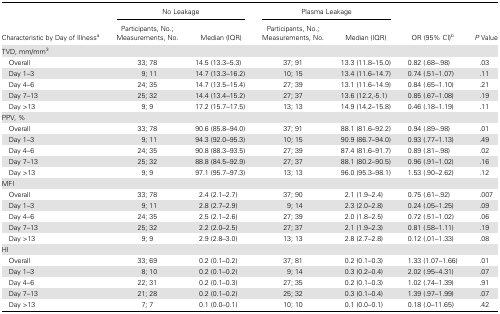
<table><thead><tr><td rowspan="2"><b>Characteristic by Day of Illness<sup>a</sup></b></td><td colspan="2"><b>No Leakage</b></td><td colspan="2"><b>Plasma Leakage</b></td><td rowspan="2"><b>OR (95% CI)<sup>b</sup></b></td><td rowspan="2"><b><i>P</i> Value</b></td></tr><tr><td><b>Participants, No.; Measurements, No.</b></td><td><b>Median (IQR)</b></td><td><b>Participants, No.; Measurements, No.</b></td><td><b>Median (IQR)</b></td></tr></thead><tbody><tr><td>TVD, mm/mm<sup>3</sup></td><td></td><td></td><td></td><td></td><td></td><td></td></tr><tr><td> Overall</td><td>33; 78</td><td>14.5 (13.3–5.3)</td><td>37; 91</td><td>13.3 (11.8–15.0)</td><td>0.82 (.68–.98)</td><td>.03</td></tr><tr><td> Day 1–3</td><td>9; 11</td><td>14.7 (13.3–16.2)</td><td>10; 15</td><td>13.4 (11.6–14.7)</td><td>0.74 (.51–1.07)</td><td>.11</td></tr><tr><td> Day 4–6</td><td>24; 35</td><td>14.7 (13.5–15.4)</td><td>27; 39</td><td>13.1 (11.6–14.9)</td><td>0.84 (.65–1.10)</td><td>.21</td></tr><tr><td> Day 7–13</td><td>25; 32</td><td>14.4 (13.4–15.2)</td><td>27; 37</td><td>13.6 (12.2,-5.1)</td><td>0.85 (.67–1.08)</td><td>.19</td></tr><tr><td> Day &gt;13</td><td>9; 9</td><td>17.2 (15.7–17.5)</td><td>13; 13</td><td>14.9 (14.2–15.8)</td><td>0.46 (.18–1.19)</td><td>.11</td></tr><tr><td>PPV, %</td><td></td><td></td><td></td><td></td><td></td><td></td></tr><tr><td> Overall</td><td>33; 78</td><td>90.6 (85.8–94.0)</td><td>37; 91</td><td>88.1 (81.6–92.2)</td><td>0.94 (.89–.98)</td><td>.01</td></tr><tr><td> Day 1–3</td><td>9; 11</td><td>94.3 (92.0–95.3)</td><td>10; 15</td><td>90.9 (86.7–94.0)</td><td>0.93 (.77–1.13)</td><td>.49</td></tr><tr><td> Day 4–6</td><td>24; 35</td><td>90.8 (88.3–93.5)</td><td>27; 39</td><td>87.4 (81.6–91.7)</td><td>0.89 (.81–.98)</td><td>.02</td></tr><tr><td> Day 7–13</td><td>25; 32</td><td>88.8 (84.5–92.9)</td><td>27; 37</td><td>88.1 (80.2–90.5)</td><td>0.96 (.91–1.02)</td><td>.16</td></tr><tr><td> Day &gt;13</td><td>9; 9</td><td>97.1 (95.7–97.3)</td><td>13; 13</td><td>96.0 (95.3–98.1)</td><td>1.53 (.90–2.62)</td><td>.12</td></tr><tr><td>MFI</td><td></td><td></td><td></td><td></td><td></td><td></td></tr><tr><td> Overall</td><td>33; 78</td><td>2.4 (2.1–2.7)</td><td>37; 90</td><td>2.1 (1.9–2.4)</td><td>0.75 (.61–.92)</td><td>.007</td></tr><tr><td> Day 1–3</td><td>9; 11</td><td>2.8 (2.7–2.9)</td><td>9; 14</td><td>2.3 (2.0–2.8)</td><td>0.24 (.05–1.25)</td><td>.09</td></tr><tr><td> Day 4–6</td><td>24; 35</td><td>2.5 (2.1–2.6)</td><td>27; 39</td><td>2.0 (1.8–2.5)</td><td>0.72 (.51–1.02)</td><td>.06</td></tr><tr><td> Day 7–13</td><td>25; 32</td><td>2.2 (2.0–2.5)</td><td>27; 37</td><td>2.1 (1.9–2.3)</td><td>0.81 (.58–1.11)</td><td>.19</td></tr><tr><td> Day &gt;13</td><td>9; 9</td><td>2.9 (2.8–3.0)</td><td>13; 13</td><td>2.8 (2.7–2.8)</td><td>0.12 (.01–1.33)</td><td>.08</td></tr><tr><td>HI</td><td></td><td></td><td></td><td></td><td></td><td></td></tr><tr><td> Overall</td><td>33; 69</td><td>0.2 (0.1–0.2)</td><td>37; 81</td><td>0.2 (0.1–0.3)</td><td>1.33 (1.07–1.66)</td><td>.01</td></tr><tr><td> Day 1–3</td><td>8; 10</td><td>0.2 (0.1–0.2)</td><td>9; 14</td><td>0.3 (0.2–0.4)</td><td>2.02 (.95–4.31)</td><td>.07</td></tr><tr><td> Day 4–6</td><td>22; 31</td><td>0.2 (0.1–0.3)</td><td>27; 35</td><td>0.2 (0.1–0.3)</td><td>1.02 (.74–1.39)</td><td>.91</td></tr><tr><td> Day 7–13</td><td>21; 28</td><td>0.2 (0.1–0.2)</td><td>25; 32</td><td>0.3 (0.1–0.4)</td><td>1.39 (.97–1.99)</td><td>.07</td></tr><tr><td> Day &gt;13</td><td>7; 7</td><td>0.1 (0.0–0.1)</td><td>10; 10</td><td>0.1 (0.0–0.1)</td><td>0.18 (.0–11.65)</td><td>.42</td></tr></tbody></table>